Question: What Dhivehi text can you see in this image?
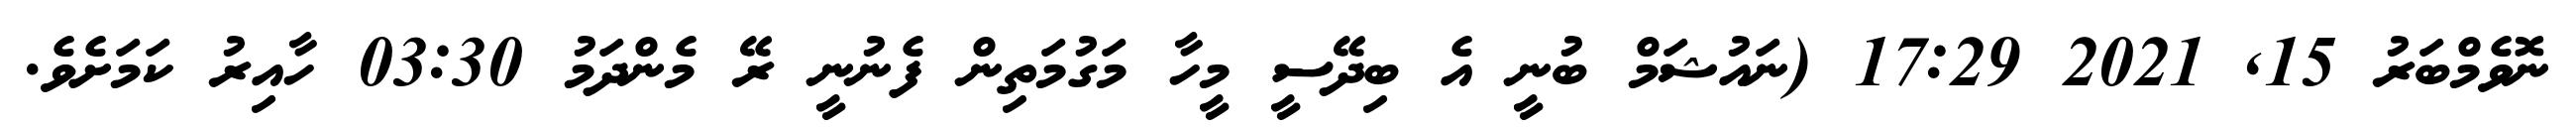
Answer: ނޮވެމްބަރު 15, 2021 17:29 (ނައުޝަމް ބުނީ އެ ބިދޭސީ މީހާ މަގުމަތިން ފެނުނީ ރޭ މެންދަމު 03:30 ހާއިރު ކަމަށެވެ.